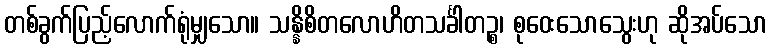
တစ်ခွက်ပြည့်လောက်ရုံမျှသော။ သန္နိစိတလောဟိတသင်္ခါတဉ္စ၊ စုဝေးသောသွေးဟု ဆိုအပ်သော